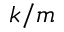
k / m